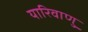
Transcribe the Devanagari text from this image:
यारिवाणु